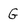
Character: G